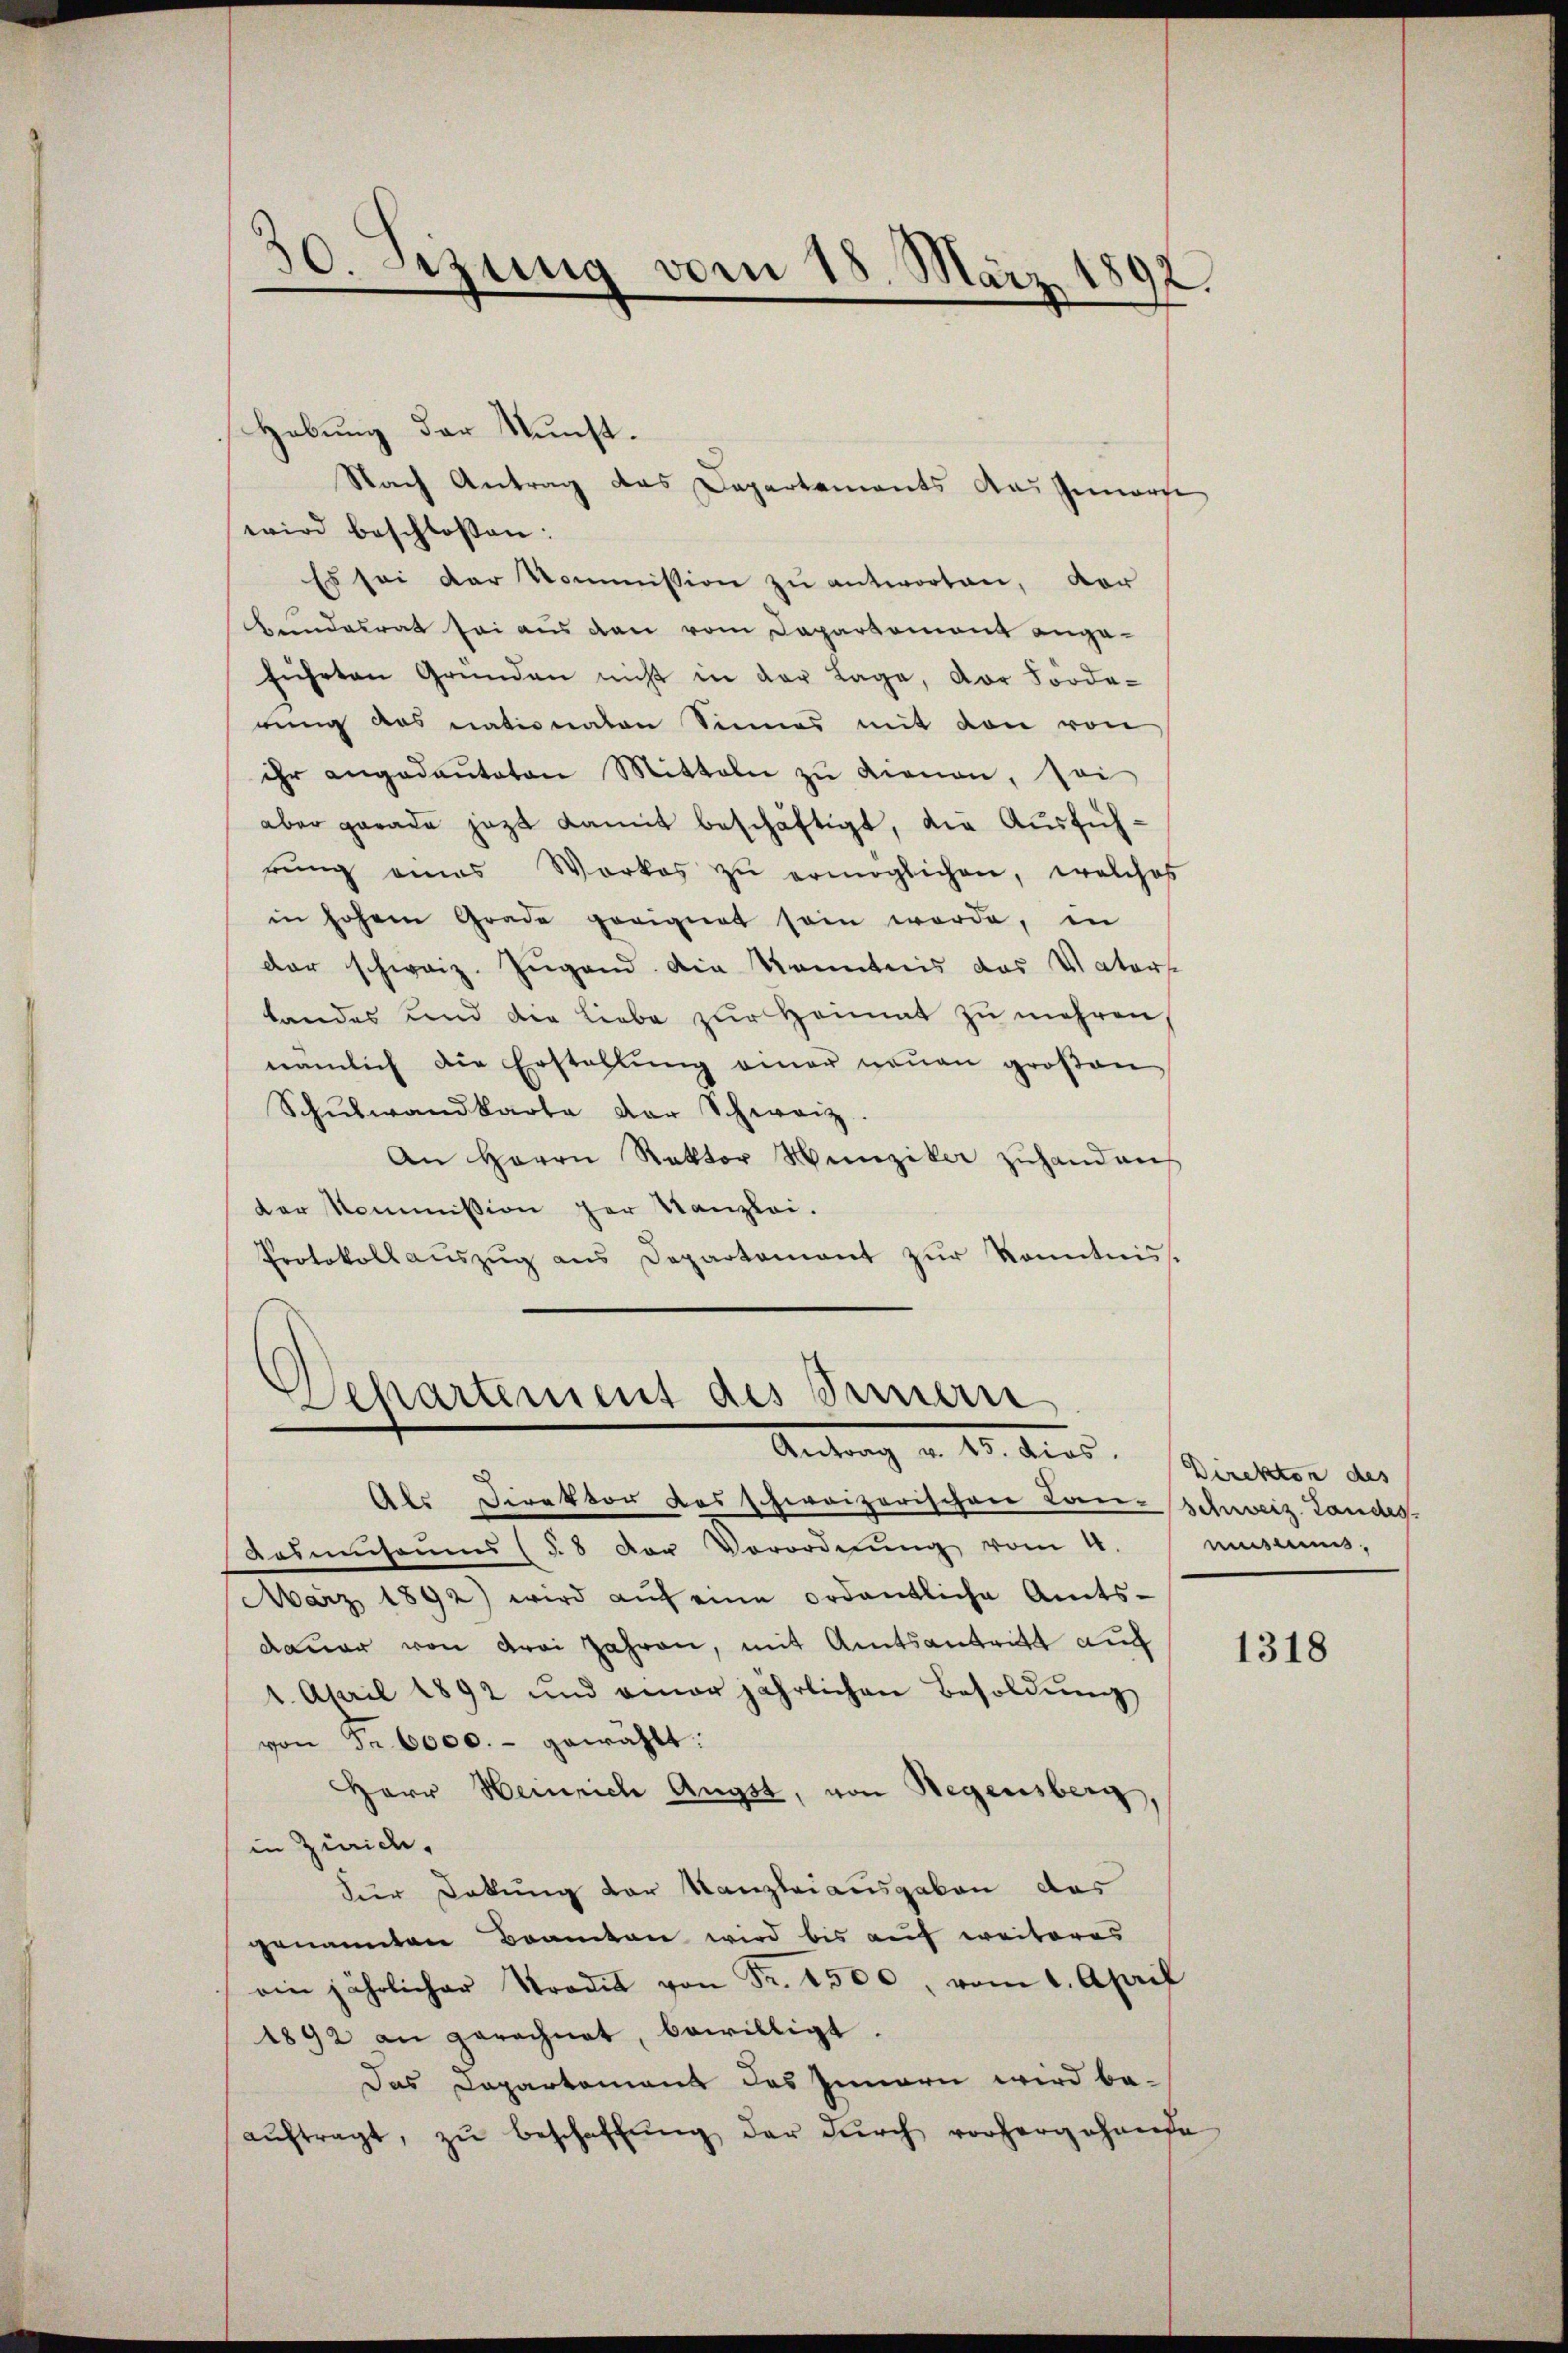
50. Szung vom 18. März 1892.

Habung der Kunst.
wird beschloßen:
Es sei der Kommission zu antworten, der
bundesrat sei aus den vom Departemont angeführten Gründen nicht in der Lage, der Forde-
rung das nationaten Sinnes mit den von
ihr angedaŭtaten Mitteln zŭ dienen, soi
aber gerade jezt damit beschäftigt, die Ausführŭng eines Werkes zŭ ermöglichen, welches
in hohen Grade geeignet sein werde, in
der schweiz. Jugend. Die Kenntnis das Vaters
Landes und die Liebe zŭr Heimat zu mehren
nämlich die Erstellŭng einer neŭen großen
Schŭlwandkarte der Schweiz.
An Herrn Rektor Hunziker zŭhanden
der Kommission der Kanzlei.
Protokoll aŭszŭg ans Departement zŭr Kenntnis-

Nach Antrag das Departements aus Innerse

Wehartement des Sinnern
Andung v. 10. dies. Wintere an

Als Direktor das schweizerischen Lan-Schweiz. Landig-
Ausmuseums (§ 8 der Verordnŭng vom 4.
März 1892) wird aŭf eine ordentliche Amts-
dauer von drei Jahren, mit Amtsantritt auch
1. April 1892 und einer jährlichen Besoldŭng
von Fr. 6000.- gewählt:
Herr Heinrich Augst, von Regensberg,
in Zürich,
dur Dokung der Kanzleiausgaben das
genannten Beamten wird bis auf weiteres
ain jährlicher Strodel von Fr. 2500, vom 1. April
1892 an gerechnet, bewilligt.
Das Departement des Innern wird beaŭftragt, zŭ beschaffŭng der dŭrch vorhergehende

muss.

1318